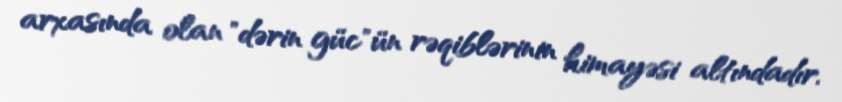
arxasında olan "dərin güc"ün rəqiblərinin himayəsi altındadır.